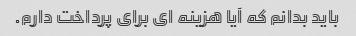
باید بدانم که آیا هزینه ای برای پرداخت دارم.